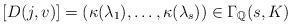
LaTeX: \begin{align*}[D(j,v)]=(\kappa(\lambda_1),\dots, \kappa(\lambda_s))\in \Gamma_\Bbb{Q}(s,K)\end{align*}